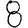
Digit: 8